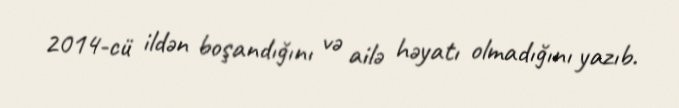
2014-cü ildən boşandığını və ailə həyatı olmadığını yazıb.